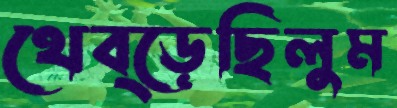
থেব্‌ড়েছিলুম